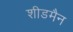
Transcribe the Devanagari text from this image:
शीडमैन